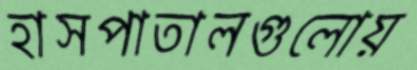
হাসপাতালগুলোয়